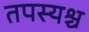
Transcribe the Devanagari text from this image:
तपस्यश्च